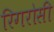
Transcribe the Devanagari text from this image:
रिगरोसी